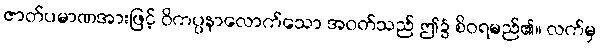
ဇာတ်ပမာဏအားဖြင့် ဝိကပ္ပနာလောက်သော အဝတ်သည် ဤ၌ စိဝရမည်၏။ လက်မှ